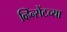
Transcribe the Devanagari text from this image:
व्हिन्सेंटच्या